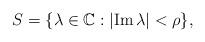
LaTeX: \begin{align*} S = \{\lambda \in {\mathbb C}: |\hbox{Im}\, \lambda| < \rho\},\end{align*}